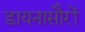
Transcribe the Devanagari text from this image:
डायनासौरों